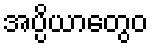
အပ္ပိယာတွေဝ